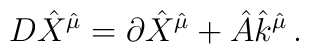
D {\hat X}^{{\hat \mu}}=\partial {\hat X}^{{\hat \mu}}+{\hat A} {\hat k}^{{\hat \mu}}\, .